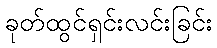
ခုတ်ထွင်ရှင်းလင်းခြင်း